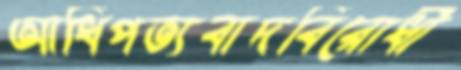
আধিপত্যবাদবিরোধী